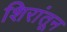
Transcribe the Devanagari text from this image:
शिरांतून